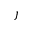
j